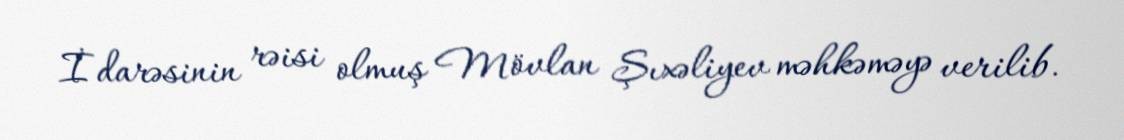
İdarəsinin rəisi olmuş Mövlan Şıxəliyev məhkəməyə verilib.